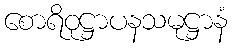
စောရိဝုဋ္ဌာပနသမုဋ္ဌာနံ